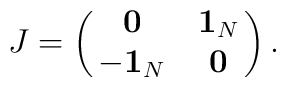
J= \pmatrix {{\bf 0}&{\bf 1}_N \cr       -{\bf 1}_N &{\bf 0} }.